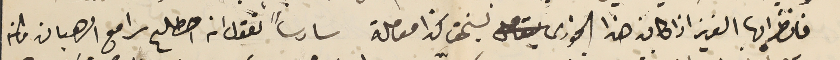
فانظر ايها العزيز اذا كان هذا الخوري يستحق كذا معاملة سادساً تقول انه اصطلح سرا مع الرهبان ولمن